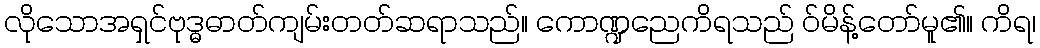
လိုသောအရှင်ဗုဒ္ဓဓာတ်ကျမ်းတတ်ဆရာသည်။ ကောဏ္ဍညေကိရသည် ဝ်မိန့်တော်မူ၏။ ကိရ၊